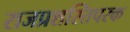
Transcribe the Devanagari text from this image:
राजप्रशस्तिपरक